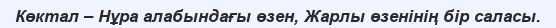
Көктал – Нұра алабындағы өзен, Жарлы өзенінің бір саласы.